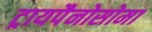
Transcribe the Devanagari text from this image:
ट्रायपैनोसोमा